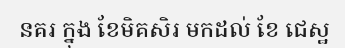
នគរ ក្នុង ខែមិគសិរ មកដល់ ខែ ជេស្ឋ